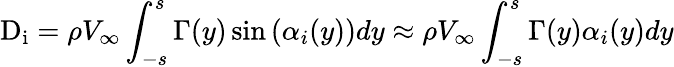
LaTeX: {\mathrm{D}}_{\mathrm{i}}=\rho V_{\infty}\int_{-s}^{s}\Gamma(y)\sin{(\alpha_{i}(y))}dy\approx\rho V_{\infty}\int_{-s}^{s}\Gamma(y)\alpha_{i}(y)dy